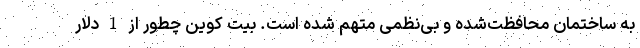
به ساختمان محافظت‌شده و بی‌نظمی متهم شده است. بیت کوین چطور از 1 دلار